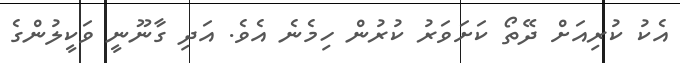
އެކު ކުރިއަށް ދޭތޯ ކަށަވަރު ކުރުން ހިމެނެ އެވެ. އަދި ގާނޫނީ ވަކީލުންގެ